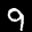
Label: 9